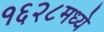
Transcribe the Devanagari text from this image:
१६२८मध्ये